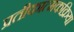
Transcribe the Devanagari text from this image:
प्रतीकात्मकक्रिया